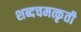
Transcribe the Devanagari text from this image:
शब्दचमत्कृती